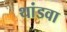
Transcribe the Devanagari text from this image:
थांडवा